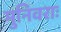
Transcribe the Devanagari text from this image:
मुनिवराः